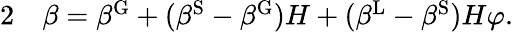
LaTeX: \begin{array}{rl}{{2}}&{{}\beta=\beta^{\mathrm{{G}}}+(\beta^{\mathrm{{S}}}-\beta^{\mathrm{{G}}})H+(\beta^{\mathrm{{L}}}-\beta^{\mathrm{{S}}})H\varphi.}\end{array}